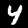
Label: 4